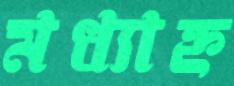
মধ্যাহ্ন